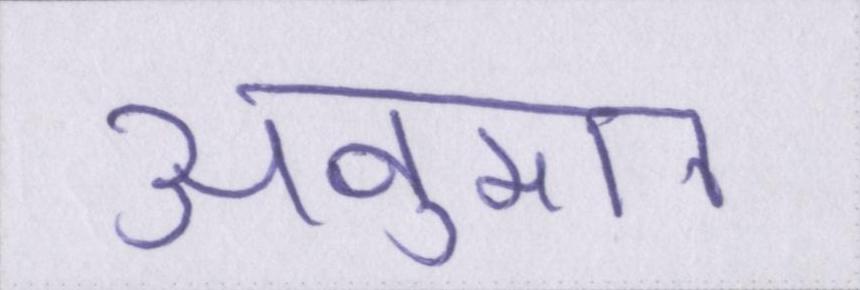
अनुमान